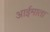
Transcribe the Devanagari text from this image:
आईमाता